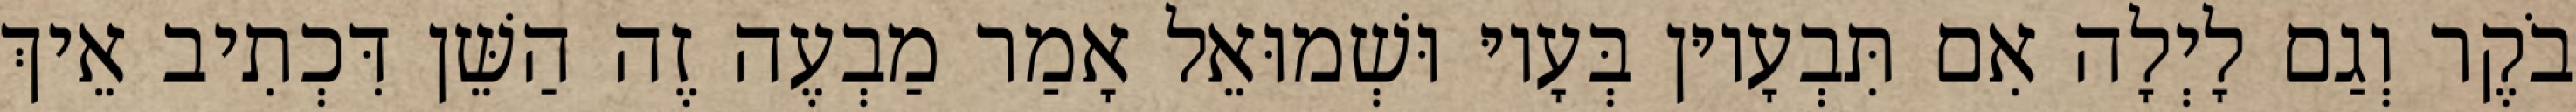
בֹקֶר וְגַם לָיְלָה אִם תִּבְעָיוּן בְּעָיוּ וּשְׁמוּאֵל אָמַר מַבְעֶה זֶה הַשֵּׁן דִּכְתִיב אֵיךְ